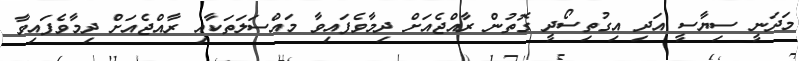
މަދަނީ ސިޔާސީ އަދި އިގުތިސޯދީ ގޮތުން ރާއްޖެއަށް ދިމާވެފައިވާ މައްސަލަތަކާއި ރާއްޖެއަށް ދިމާވެފައިވާ